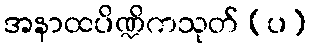
အနာထပိဏ္ဍိကသုတ် (ပ)